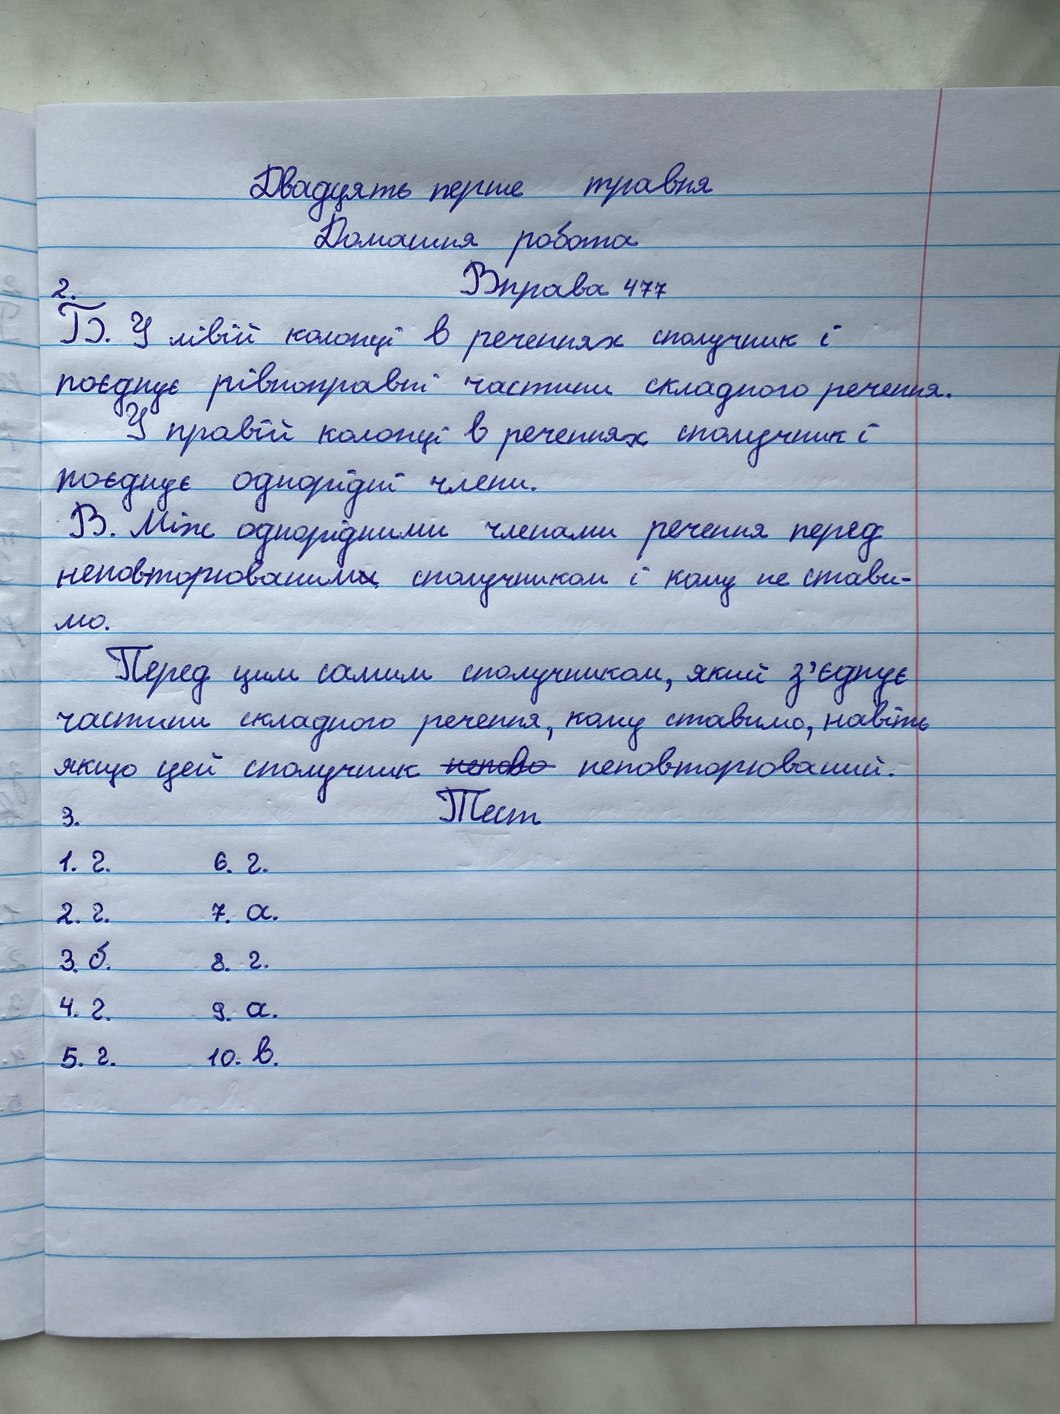
Двадцять перше травня
Домашня робота
Вправа 477
2.
Б. У лівій колонці в реченнях сполучник і
поєднує рівноправні частини складного речення.
У правій колонці в реченнях сполучник і
поєднує однорідні члени.
В. Між однорідними членами речення перед
неповторюваним~~и~~ сполучником і кому не стави-
мо.
Перед цим самим сполучником, який з'єднує
частини складного речення, кому ставимо, навіть
якщо цей сполучник ~~непово~~ неповторюваний.
Тест
3.
1. г.
6. г.
2. г.
7. a.
3, б.
8. г.
4. г.
9. a.
10. в.
5. г.